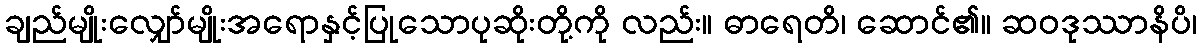
ချည်မျိုးလျှော်မျိုးအရောနှင့်ပြုသောပုဆိုးတို့ကို လည်း။ ဓာရေတိ၊ ဆောင်၏။ ဆဝဒုဿာနိပိ၊